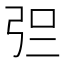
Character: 𰐓